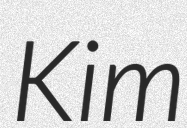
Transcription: Kim